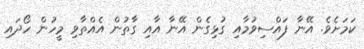
ކަމަށެވެ. އޭނާ ފައްސިވުމާއި ގުޅިގެން އޭނާ އާއި ގާތުން އެއްތާވި މީހުން ހޯދައި